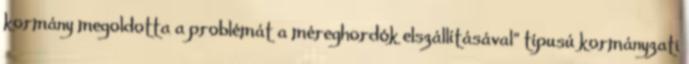
kormány megoldotta a problémát a méreghordók elszállításával” típusú kormányzati